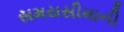
સમયસીમાની